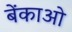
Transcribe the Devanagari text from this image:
बेंकाओ